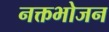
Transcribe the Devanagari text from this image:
नक्तभोजन